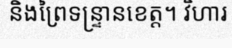
និងព្រៃទន្ទ្រានខេត្ត។ វិហារ